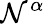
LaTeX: \mathcal{N}^{\alpha}